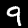
Label: 9